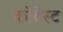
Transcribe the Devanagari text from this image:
कोंटेस्ट